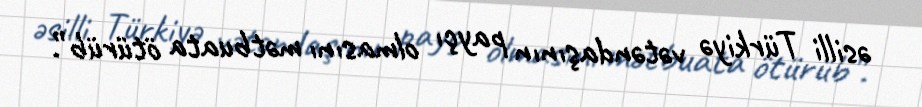
əsilli Türkiyə vətəndaşının payçı olmasını mətbuata ötürüb”.